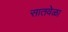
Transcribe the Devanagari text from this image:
सातवेळा